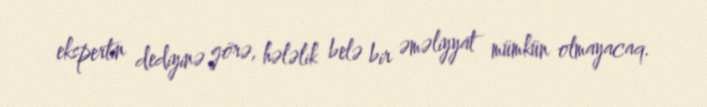
ekspertin dediyinə görə, hələlik belə bir əməliyyat mümkün olmayacaq.